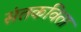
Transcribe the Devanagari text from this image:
संतकविता